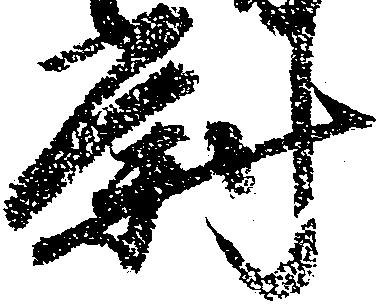
尉